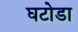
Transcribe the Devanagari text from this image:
घटोडा